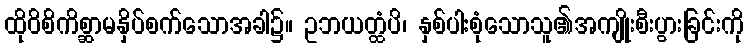
ထိုဝိစိကိစ္ဆာမနှိပ်စက်သောအခါ၌။ ဥဘယတ္ထံပိ၊ နှစ်ပါးစုံသောသူ၏အကျိုးစီးပွားခြင်းကို